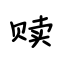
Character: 赎